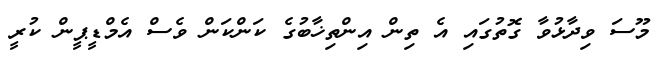
މޫސަ ވިދާޅުވާ ގޮތުގައި އެ ތިން އިންތިޚާބުގެ ކަންކަން ވެސް އެމްޑީޕީން ކުރީ